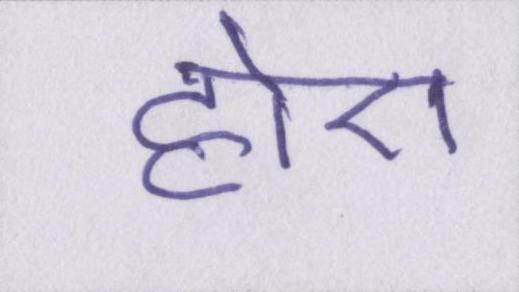
होए